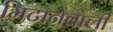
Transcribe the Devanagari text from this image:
मिटानेवाली